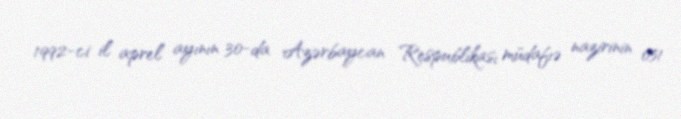
1992-ci il aprel ayının 30-da Azərbaycan Respublikası müdafıə nazirinin 051